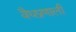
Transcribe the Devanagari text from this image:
वैधप्रणाली